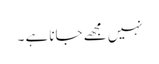
نہیں مجھے جانا ہے ۔